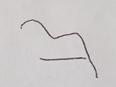
Signature authenticity: forged